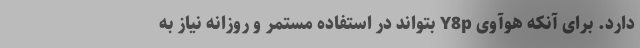
دارد. برای آنکه هوآوی Y8p بتواند در استفاده مستمر و روزانه نیاز به